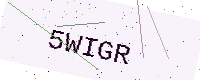
Text: 5WIGR